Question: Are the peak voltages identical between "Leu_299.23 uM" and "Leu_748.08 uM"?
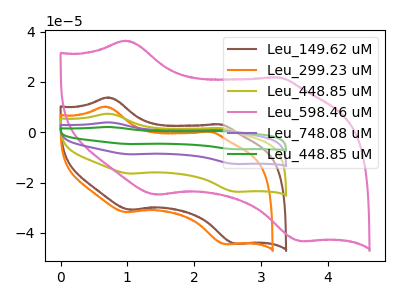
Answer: <think>The brown curve "Leu_149.62 uM" has anodic peaks at (0.70V, 13.85uA) (2.35V, 3.15uA) and cathodic peaks at (1.05V, -30.80uA) (2.60V, -44.30uA). The orange curve "Leu_299.23 uM" has anodic peaks at (0.65V, 10.20uA) (2.25V, 0.15uA) and cathodic peaks at (1.00V, -31.75uA) (2.45V, -44.45uA). The olive curve "Leu_448.85 uM" has anodic peaks at (0.70V, 7.40uA) (2.35V, 1.70uA) and cathodic peaks at (1.05V, -16.45uA) (2.60V, -23.65uA). The pink curve "Leu_598.46 uM" has anodic peaks at (1.00V, 36.40uA) (3.25V, 21.75uA) and cathodic peaks at (1.45V, -24.80uA) (3.60V, -43.25uA). The purple curve "Leu_748.08 uM" has anodic peaks at (0.70V, 14.80uA) (2.35V, 3.40uA) and cathodic peaks at (1.05V, -32.85uA) (2.60V, -47.25uA). The green curve "Leu_448.85 uM" has anodic peaks at (0.70V, 22.15uA) (2.35V, 5.05uA) and cathodic peaks at (1.05V, -49.30uA) (2.60V, -70.90uA).</think>
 <answer>No, "Leu_299.23 uM" and "Leu_748.08 uM" have at least one peak that does not match.</answer>
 <eval>mismatch</eval>